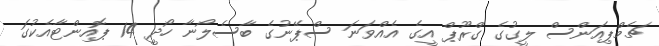
ޗެމްޕިއަންސް ލީގުގެ ގްރޫޕް އީގެ އެއްވަނަ ސްޕޭނުގެ ބާސެލޯނާ ހޯދީ 14 ޕޮއިންޓާއެކުގަ